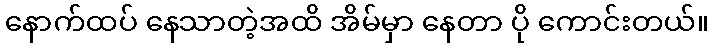
နောက်ထပ် နေသာတဲ့အထိ အိမ်မှာ နေတာ ပို ကောင်းတယ်။